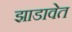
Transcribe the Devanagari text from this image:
झाडावेत